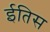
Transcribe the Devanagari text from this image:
ईतिस